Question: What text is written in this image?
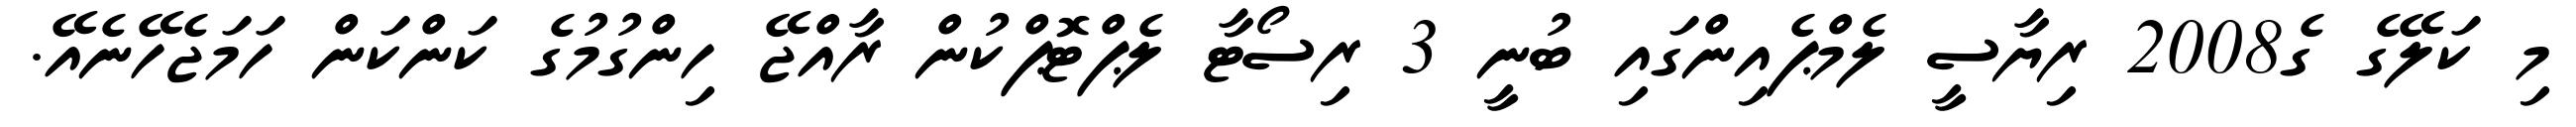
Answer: މި ކަލޭގެ ގެ2008 ރިޔާސީ ލެމްޕެއިންގައި ބުނީ 3 ރިސޯޓާ ލެޕްޓޮޕްކުން ރާއްޖޭ ހިންގުމުގެ ކަންކަން ހަމަޖެހޭނެއޭ.